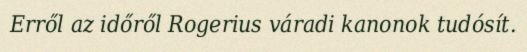
Erről az időről Rogerius váradi kanonok tudósít.